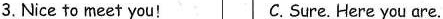
3.Nice to meet you! C.Sure.Here you are.